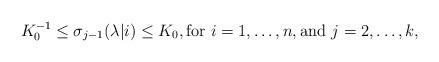
LaTeX: \begin{align*} K_0^{-1}\leq \sigma_{j-1}(\lambda|i)\leq K_0,\textrm{for } i=1,\ldots,n, \textrm{and } j=2,\ldots,k,\end{align*}